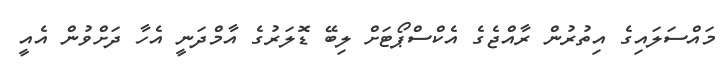
މައްސަލައިގެ އިތުރުން ރާއްޖެގެ އެކްސްޕޯޓަށް ލިބޭ ޑޮލަރުގެ އާމްދަނީ އެހާ ދަށްވުން އެއީ